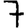
Digit: 7